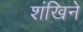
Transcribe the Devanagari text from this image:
शंखिने